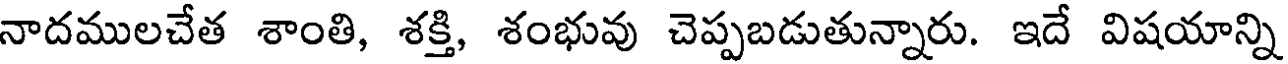
నాదములచేత శాంతి, శక్తి, శంభువు చెప్పబడుతున్నారు. ఇదే విషయాన్ని